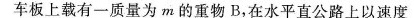
车板上载有一质量为m的重物B，在水平直公路上以速度